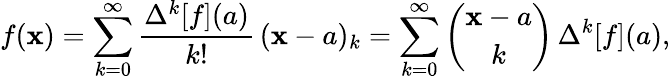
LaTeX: f(\mathbf{x})=\sum_{k=0}^{\infty}{\frac{{\Delta^{k}[f](a)}}{{k!}}}\, (\mathbf{x}-a)_{k}=\sum_{k=0}^{\infty}{\binom{\mathbf{x}-a}{k}}\, \Delta^{k}[f](a),